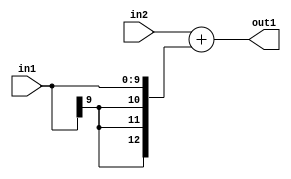
`timescale 1ps / 1ps
/*****************************************************************************
    Verilog RTL Description
    
    
    Created by: Stratus DpOpt 2019.1.01 
*******************************************************************************/

module SobelFilter_Add_12Ux10S_13S_1 (
	in2,
	in1,
	out1
	); /* architecture "behavioural" */ 
input [11:0] in2;
input [9:0] in1;
output [12:0] out1;
wire [12:0] asc001;

assign asc001 = 
	+(in2)
	+({{3{in1[9]}}, in1});

assign out1 = asc001;
endmodule

/* CADENCE  ubD4Tws= : u9/ySgnWtBlWxVPRXgAZ4Og= ** DO NOT EDIT THIS LINE ******/